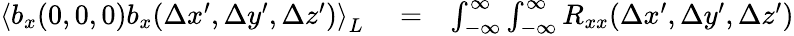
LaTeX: \begin{array}{rlr}{\left\langle b_{x}(0,0,0)b_{x}(\Delta x^{\prime},\Delta y^{\prime},\Delta z^{\prime})\right\rangle_{L}}&{{}=}&{\int_{-\infty}^{\infty}\int_{-\infty}^{\infty}R_{xx}(\Delta x^{\prime},\Delta y^{\prime},\Delta z^{\prime})}\end{array}